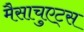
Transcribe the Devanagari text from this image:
मैसाचुएट्स